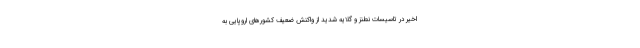
اخیر در تاسیسات نطنز و گلایه شدید از واکنش ضعیف کشورهای اروپایی به